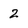
Character: 2